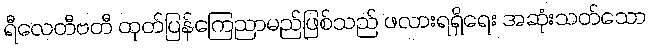
ရီလေတီဗတီ ထုတ်ပြန်ကြေညာမည်ဖြစ်သည် ဖလားရရှိရေး အဆုံးသတ်သော